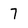
Character: 7